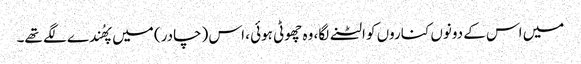
میں اس کے دونوں کناروں کو الٹنے لگا، وہ چھوٹی ہوئی ، اس (چادر) میں پھُندے لگے تھے۔